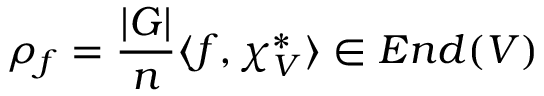
\rho _ { f } = { \frac { | G | } { n } } \langle f , \chi _ { V } ^ { * } \rangle \in E n d ( V )